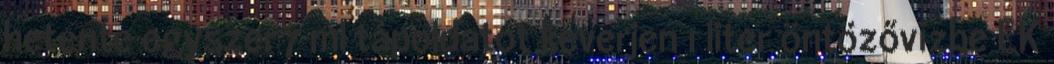
hetente egyszer7 ml tápoldatot keverjen 1 liter öntözővízbe EK